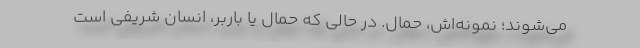
می‌شوند؛ نمونه‌اش، حمال. در حالی که حمال یا باربر، انسان شریفی است